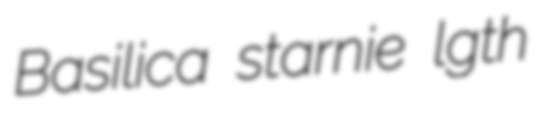
Basilica starnie lgth